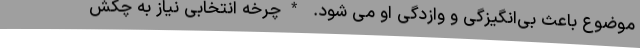
موضوع باعث بی‌انگیزگی و وازدگی او می شود. *چرخه انتخابی نیاز به چکش